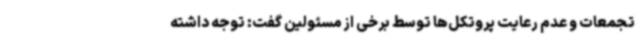
تجمعات و عدم رعایت پروتکل‌ها توسط برخی از مسئولین گفت: توجه داشته